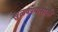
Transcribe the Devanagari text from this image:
खुलवण्यासाठी